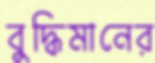
বুদ্ধিমানের